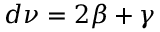
d \nu = 2 \beta + \gamma